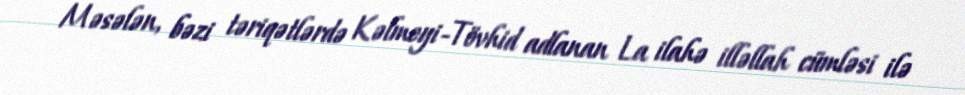
Məsələn, bəzi təriqətlərdə Kəlmeyi-Tövhid adlanan La ilahə illəllah cümləsi ilə